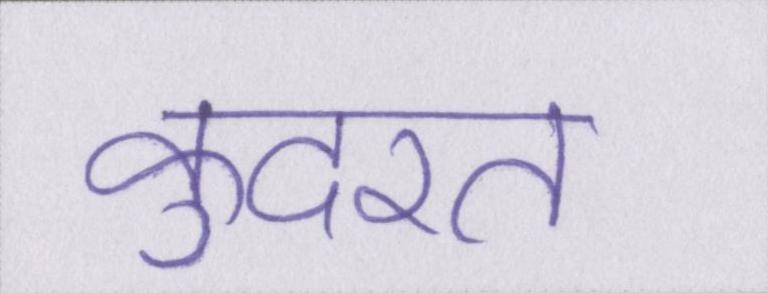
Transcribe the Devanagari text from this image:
कुदरत